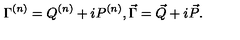
\Gamma ^ { ( n ) } = Q ^ { ( n ) } + i P ^ { ( n ) } , \vec { \Gamma } = \vec { Q } + i \vec { P } .